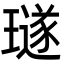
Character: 璲